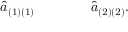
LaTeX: { \hat { a } } _ { ( 1 ) ( 1 ) } \qquad \qquad { \hat { a } } _ { ( 2 ) ( 2 ) } .